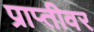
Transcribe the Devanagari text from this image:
प्राप्तीवर